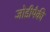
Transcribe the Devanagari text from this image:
जोडीपैकी